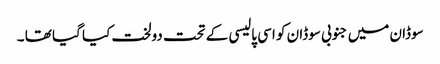
سوڈان میں جنوبی سوڈان کو اسی پالیسی کے تحت دولخت کیا گیا تھا ۔